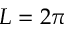
L = 2 \pi